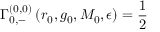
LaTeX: \Gamma _ { 0 , - } ^ { ( 0 , 0 ) } \left( r _ { 0 } , g _ { 0 } , M _ { 0 } , \epsilon \right) = \frac { 1 } { 2 }